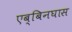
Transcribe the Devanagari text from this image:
एब्बिनघास